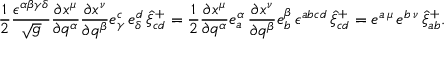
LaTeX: \frac 1 2 \frac { \epsilon ^ { \alpha \beta \gamma \delta } } { \sqrt { g } } \frac { \partial x ^ { \mu } } { \partial q ^ { \alpha } } \frac { \partial x ^ { \nu } } { \partial q ^ { \beta } } e _ { \gamma } ^ { c } \, e _ { \delta } ^ { d } \, \hat { \xi } _ { c d } ^ { + } = \frac 1 2 \frac { \partial x ^ { \mu } } { \partial q ^ { \alpha } } e _ { a } ^ { \alpha } \, \frac { \partial x ^ { \nu } } { \partial q ^ { \beta } } e _ { b } ^ { \beta } \, \epsilon ^ { a b c d } \, \hat { \xi } _ { c d } ^ { + } = e ^ { a \, \mu } \, e ^ { b \, \nu } \, \hat { \xi } _ { a b } ^ { + } .